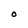
Character: O